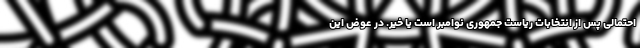
احتمالی پس از انتخابات ریاست جمهوری نوامبر است یا خیر. در عوض این